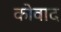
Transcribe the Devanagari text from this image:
कोवाद